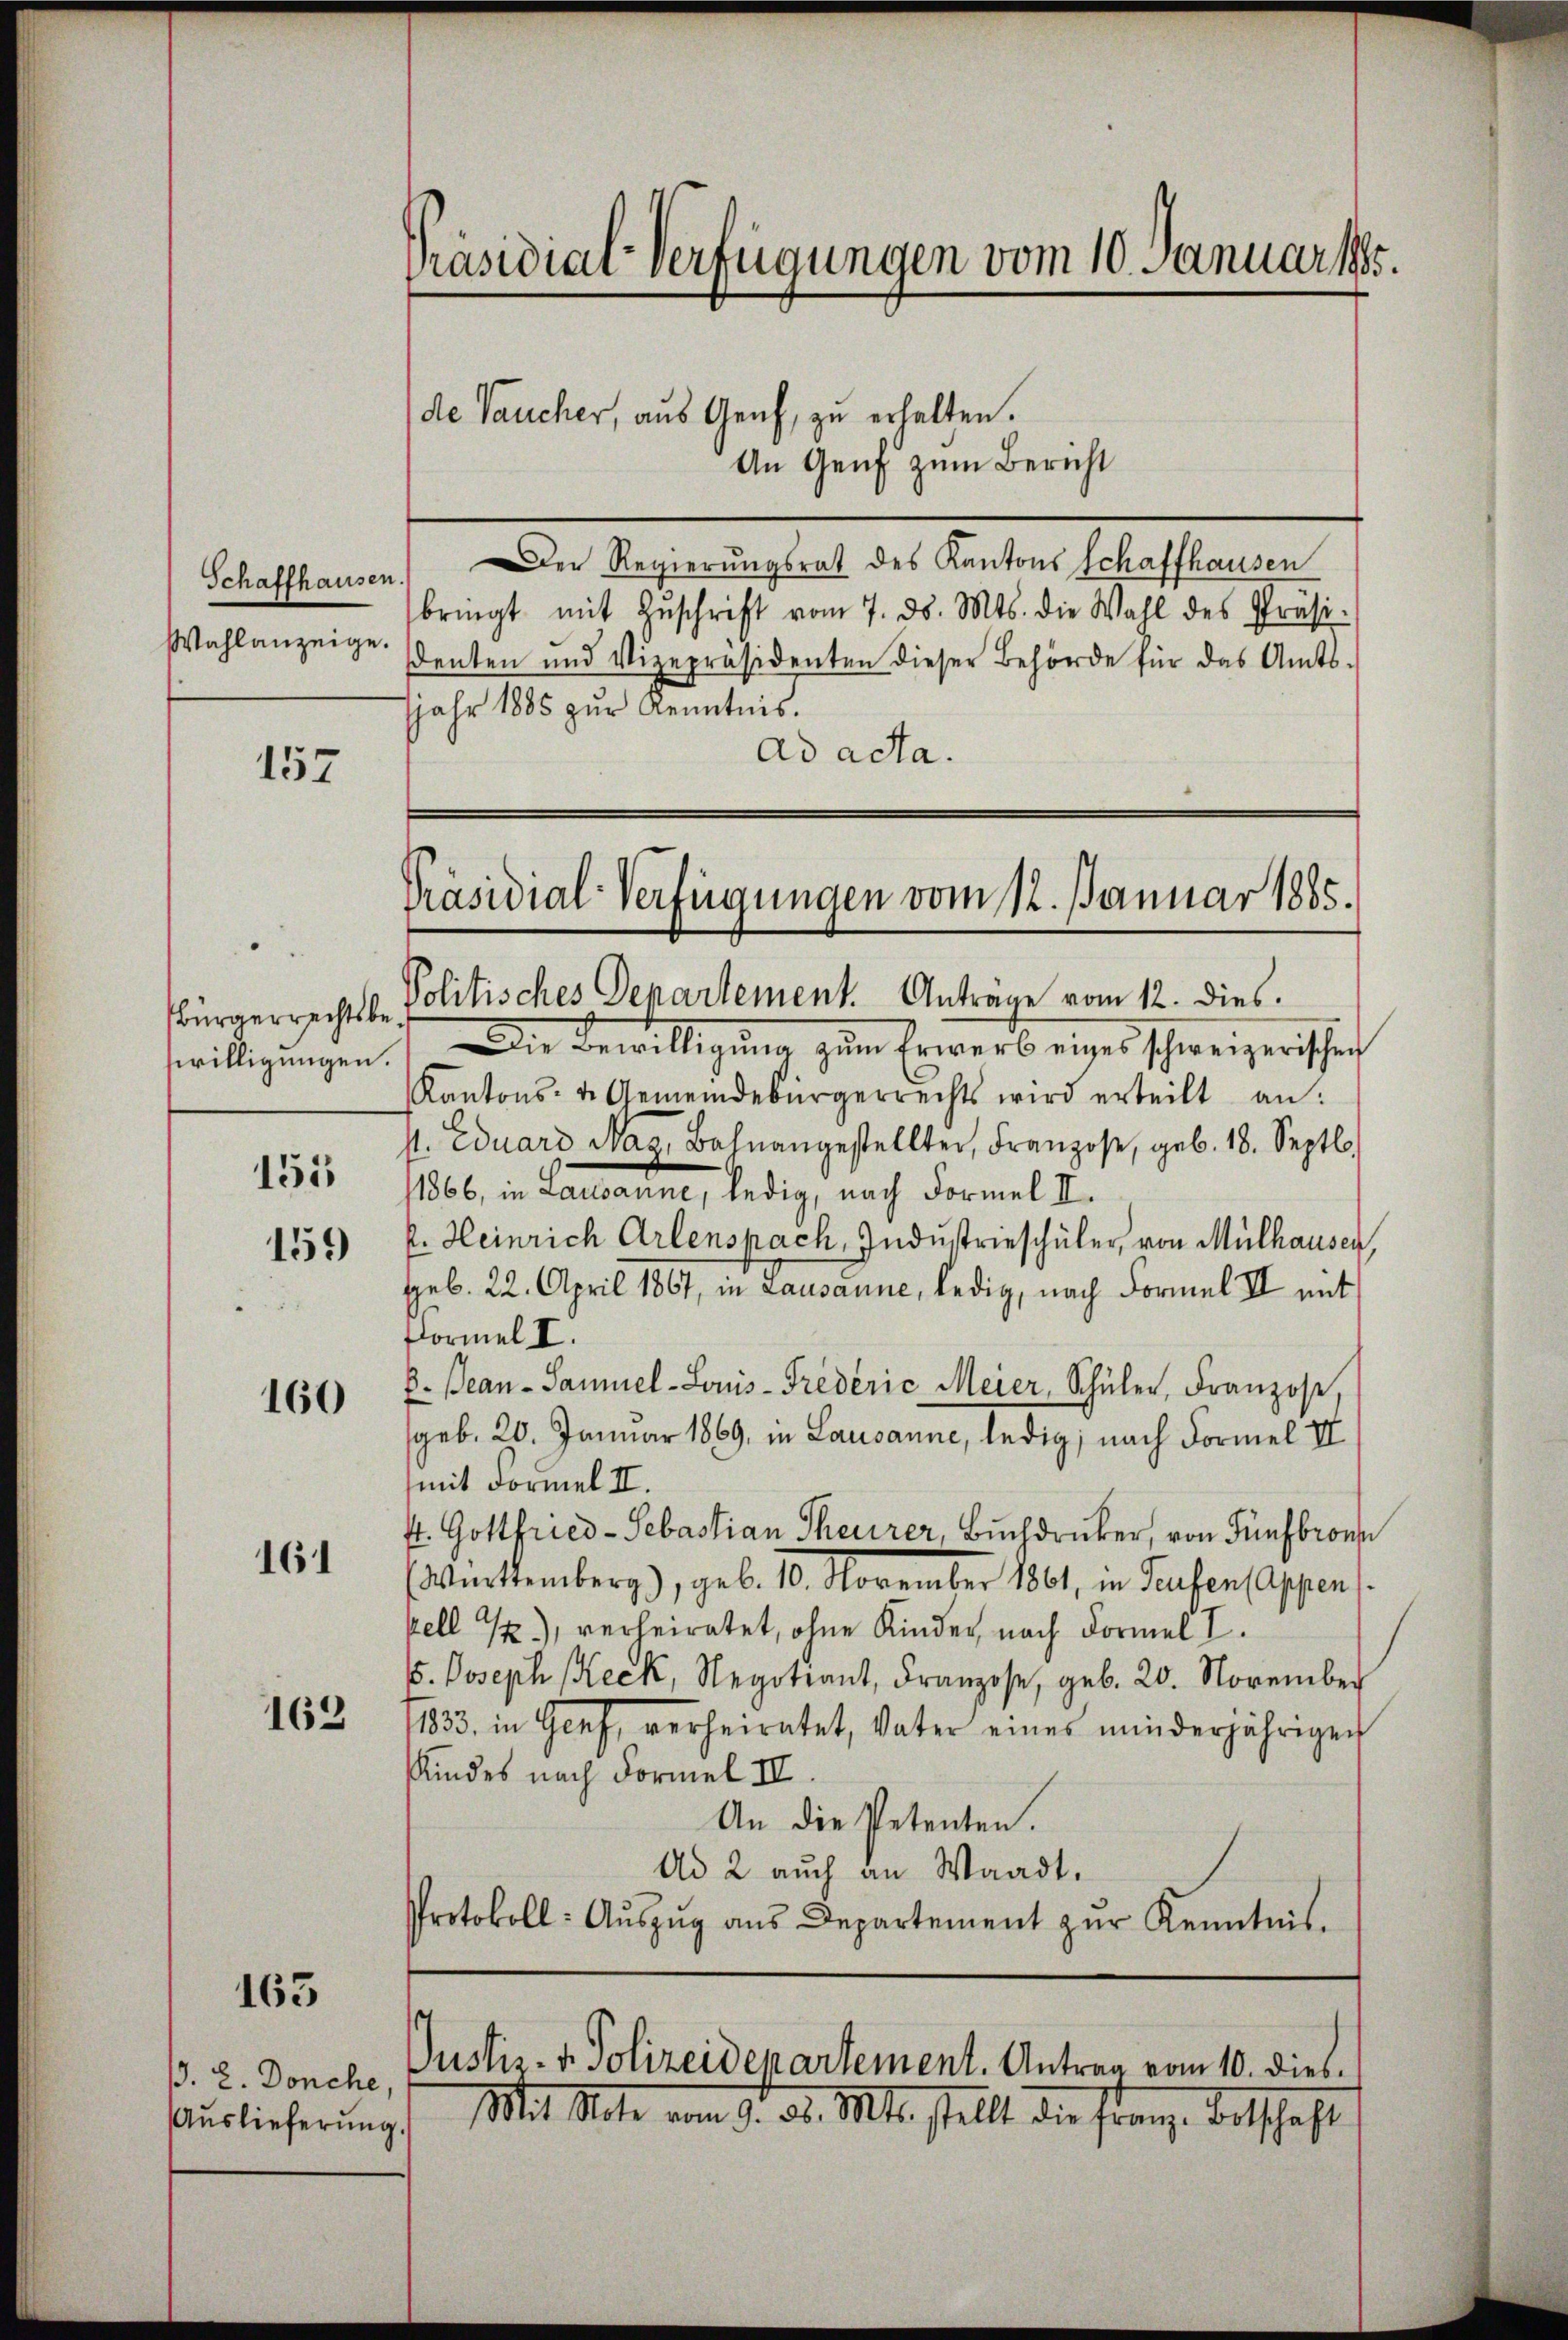
Schaffhausen.
Wahlanzeige.

157

Bürgerrechtsbe
willigungen.

155
159

160

161

162

163

§. 2. Donche,
Auslieferung

Präsidial-Verfügungen vom 10. Januar 198.

de Vaucher, aus Genf, zu erhalten.
An Genf zum Bericht
Der Regierungsrat des Kantons Schaffhausen
bringt mit Zŭschrift vom 7. ds. Mts. die Wahl des Präsi-
denten und Vizepräsidenten dieser Behörde für das Amts-
jahr 1885 zur Kenntnis.
ad acta.

Präsidial-Verfügungen vom 12. Januar 1885.
Politisches Departement. Antrage vom 12. dies

Die Bewilligŭng zum Erwerb eiges schweizerischen
Kantons- u. Gemeindebürgerrechts wird erteilt an:
st. Eduard Mag, Bahnangestellter, Franzose, geb. 18. Septbr.
11866, in Lausanne, ledig, nach Formel II.
k. Heinrich Arlenspach, Industrieschüler von Mülhausen,
geb. 22. April 1867, in Lausanne, ledig, nach Formel II mit
Formel II.
8. Bean-Sammel-Louis-Trederie Meier, Schüler, Franzose,
geb. 20. Januar 1869, in Lausanne, ledig, nach Formel III
mit Formel II.
ft. Gottfried-Sebastian Theurer, Buchdrucker, von Fünfbronne
Württemberg), geb. 10. November 1861, in Teufen Appens
pell 1.), verheiratet, ohne Kinder, nach Formel I.
. Joseph Keck, Negotiant, Franzose, geb. 20. November
1833. in Genf, verheiratet, Vater eines minderjährigen
Kindes nach Formel IV.
An die Petenten.
Ad 2 auch an Waadt.
Protokoll: Aŭszŭg ans Departement zŭr Kenntnis.

Justiz- u. Polizeidepartement. Antrag vom 10. dies.

Mit Note von d. d. Mts. stellt die Franz Dortschaft